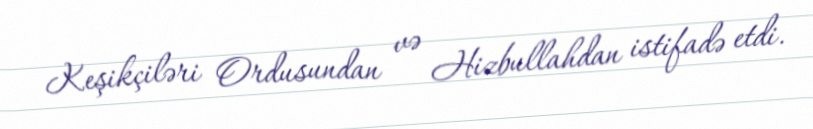
Keşikçiləri Ordusundan və Hizbullahdan istifadə etdi.